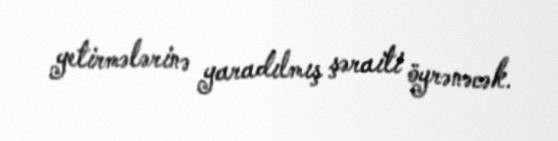
yetirmələrinə yaradılmış şəraiti öyrənəcək.